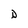
Character: D